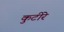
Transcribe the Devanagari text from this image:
कुटीरे